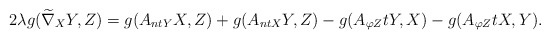
\begin{align*}2\lambda g(\widetilde\nabla_{X}Y,Z)=g(A_{ntY}X,Z)+g(A_{ntX}Y,Z)-g(A_{\varphi Z}tY,X)-g(A_{\varphi Z}tX,Y). \end{align*}